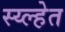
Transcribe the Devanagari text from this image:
स्य्ल्हेत